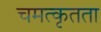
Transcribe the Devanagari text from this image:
चमत्कृतता